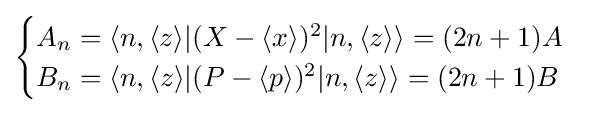
{\begin{cases}A_{n}=\langle n,\langle z\rangle |(X-\langle x\rangle )^{2}|n,\langle z\rangle \rangle =(2n+1)A\\B_{n}=\langle n,\langle z\rangle |(P-\langle p\rangle )^{2}|n,\langle z\rangle \rangle =(2n+1)B\end{cases}}